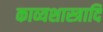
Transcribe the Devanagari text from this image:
काव्यशास्त्रादि